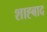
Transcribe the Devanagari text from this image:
शाह्बाद